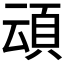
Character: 𮨀